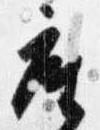
座